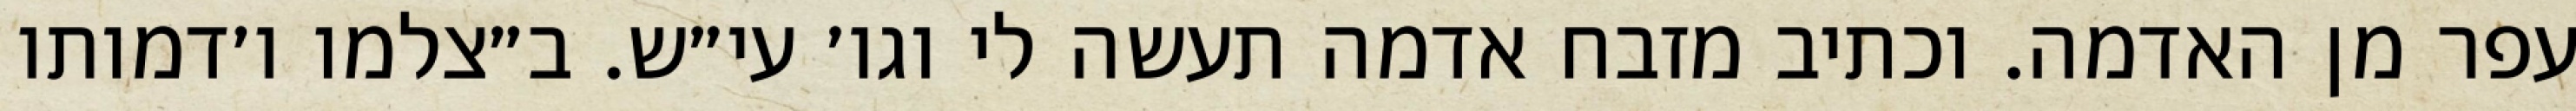
עפר מן האדמה. וכתיב מזבח אדמה תעשה לי וגו׳ עי״ש. ב״צלמו ו׳דמותו